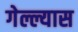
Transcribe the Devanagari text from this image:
गेल्ल्यास